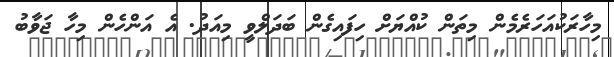
މިހާރަކުއަހަރެމެން މިތަން ކުއްޔަށް ހިފައިގެން ބަދަލްވީ މިއަދު. އެ އަންހެން މިހާ ޖަވާބު